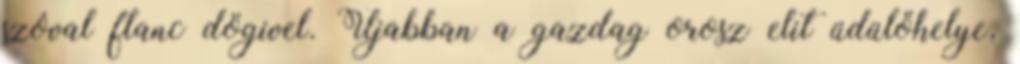
szóval flanc dögivel. Újabban a gazdag orosz elit üdülőhelye,